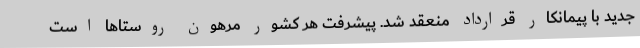
جدید با پیمانکار قرارداد منعقد شد. پیشرفت هر کشور مرهون روستاها است